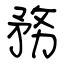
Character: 務